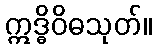
ဣဒ္ဓိဝိဓသုတ်။